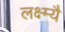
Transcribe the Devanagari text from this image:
लक्ष्म्यै